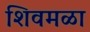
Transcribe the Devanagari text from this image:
शिवमळा